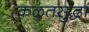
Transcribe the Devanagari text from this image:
कळतसुद्धा